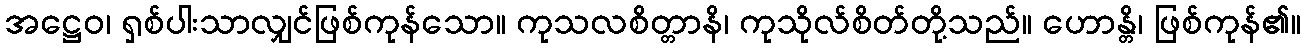
အဋ္ဌေဝ၊ ရှစ်ပါးသာလျှင်ဖြစ်ကုန်သော။ ကုသလစိတ္တာနိ၊ ကုသိုလ်စိတ်တို့သည်။ ဟောန္တိ၊ ဖြစ်ကုန်၏။